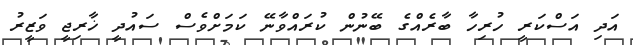
އަދި އަސްކަރީ ހުރިހާ ބާރެއްގެ ބޭނުން ކުރައްވާނޭ ކަމަށްވެސް ސައުދީ ޚާރިޖީ ވަޒީރު